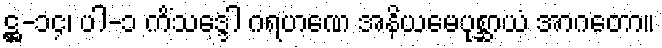
ဋ္ဌ-၁၄၊ ပါ-၁ ကိံသဒ္ဒေါ ဂရဟဏေ အနိယမေပုစ္ဆာယံ အာဂတော။